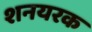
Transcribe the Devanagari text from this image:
शनयरक